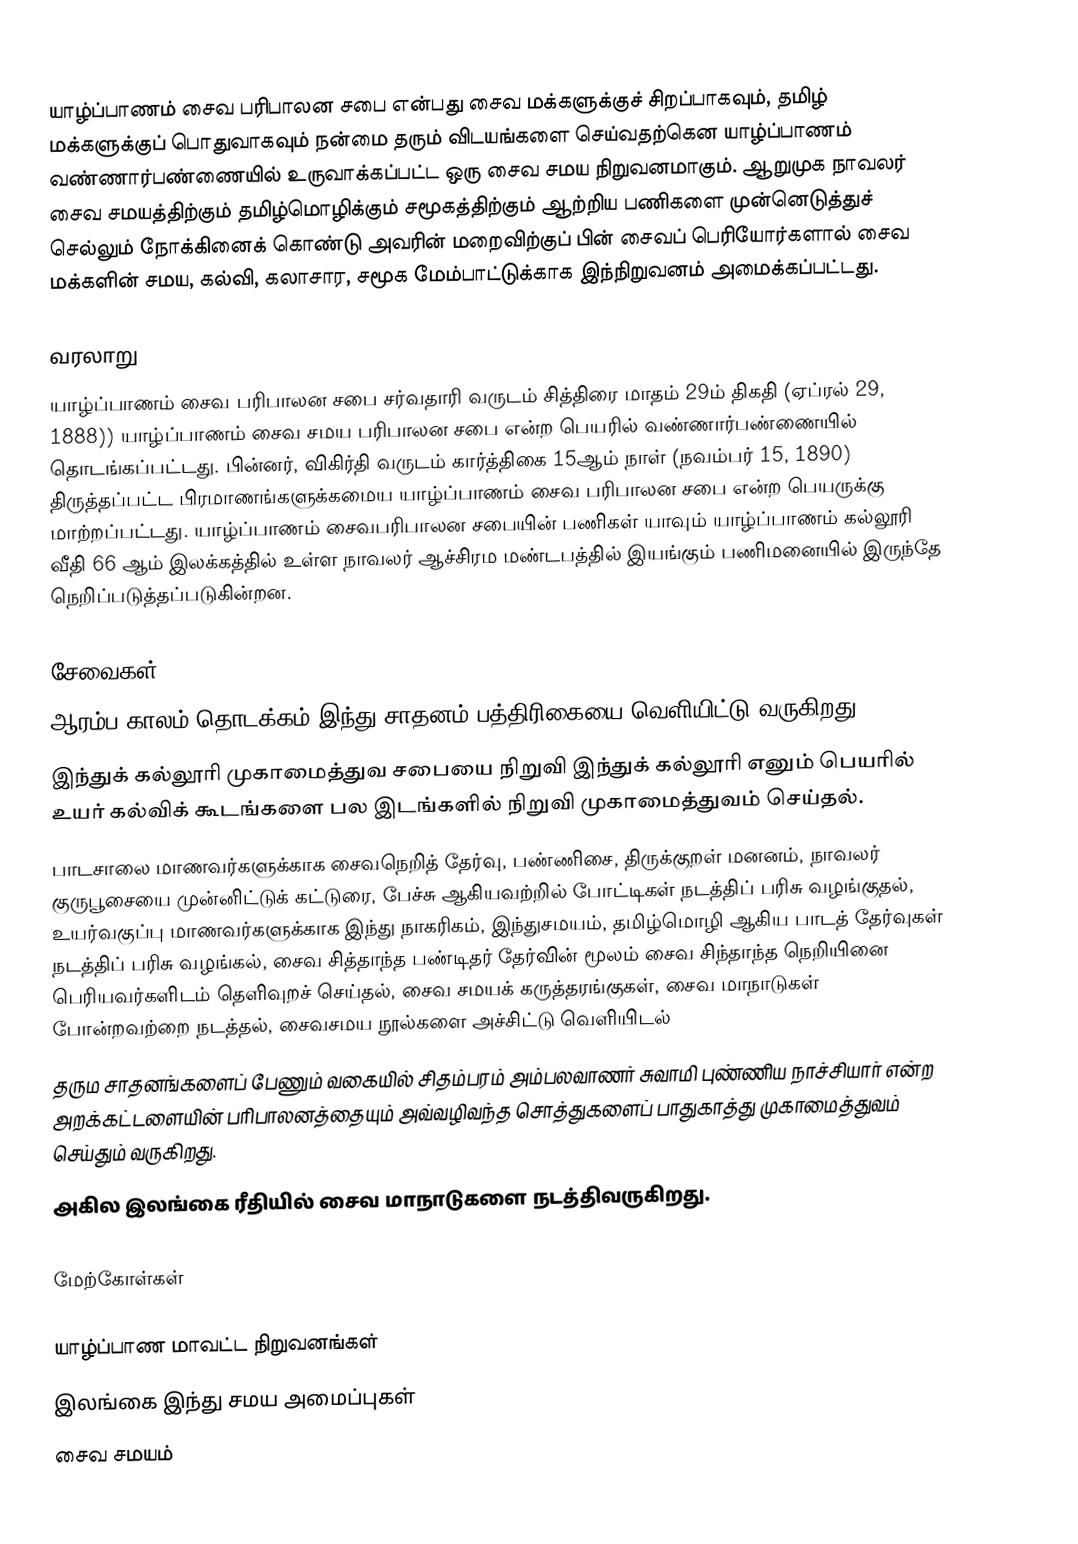
யாழ்ப்பாணம் சைவ பரிபாலன சபை என்பது சைவ மக்களுக்குச் சிறப்பாகவும், தமிழ் மக்களுக்குப் பொதுவாகவும் நன்மை தரும் விடயங்களை செய்வதற்கென யாழ்ப்பாணம் வண்ணார்பண்ணையில் உருவாக்கப்பட்ட ஒரு சைவ சமய நிறுவனமாகும். ஆறுமுக நாவலர் சைவ சமயத்திற்கும் தமிழ்மொழிக்கும் சமூகத்திற்கும் ஆற்றிய பணிகளை முன்னெடுத்துச் செல்லும் நோக்கினைக் கொண்டு அவரின் மறைவிற்குப் பின் சைவப் பெரியோர்களால் சைவ மக்களின் சமய, கல்வி, கலாசார, சமூக மேம்பாட்டுக்காக இந்நிறுவனம் அமைக்கப்பட்டது.

வரலாறு
யாழ்ப்பாணம் சைவ பரிபாலன சபை சர்வதாரி வருடம் சித்திரை மாதம் 29ம் திகதி (ஏப்ரல் 29, 1888)) யாழ்ப்பாணம் சைவ சமய பரிபாலன சபை என்ற பெயரில் வண்ணார்பண்ணையில் தொடங்கப்பட்டது. பின்னர், விகிர்தி வருடம் கார்த்திகை 15ஆம் நாள் (நவம்பர் 15, 1890) திருத்தப்பட்ட பிரமாணங்களுக்கமைய யாழ்ப்பாணம் சைவ பரிபாலன சபை என்ற பெயருக்கு மாற்றப்பட்டது. யாழ்ப்பாணம் சைவபரிபாலன சபையின் பணிகள் யாவும் யாழ்ப்பாணம் கல்லூரி வீதி 66 ஆம் இலக்கத்தில் உள்ள நாவலர் ஆச்சிரம மண்டபத்தில் இயங்கும் பணிமனையில் இருந்தே நெறிப்படுத்தப்படுகின்றன.

சேவைகள்
ஆரம்ப காலம் தொடக்கம் இந்து சாதனம் பத்திரிகையை வெளியிட்டு வருகிறது.
இந்துக் கல்லூரி முகாமைத்துவ சபையை நிறுவி இந்துக் கல்லூரி எனும் பெயரில் உயர் கல்விக் கூடங்களை பல இடங்களில் நிறுவி முகாமைத்துவம் செய்தல்.
பாடசாலை மாணவர்களுக்காக சைவநெறித் தேர்வு, பண்ணிசை, திருக்குறள் மனனம், நாவலர் குருபூசையை முன்னிட்டுக் கட்டுரை, பேச்சு ஆகியவற்றில் போட்டிகள் நடத்திப் பரிசு வழங்குதல், உயர்வகுப்பு மாணவர்களுக்காக  இந்து நாகரிகம், இந்துசமயம், தமிழ்மொழி ஆகிய பாடத் தேர்வுகள் நடத்திப் பரிசு வழங்கல், சைவ சித்தாந்த பண்டிதர் தேர்வின் மூலம் சைவ சிந்தாந்த நெறியினை பெரியவர்களிடம் தெளிவுறச் செய்தல், சைவ சமயக் கருத்தரங்குகள், சைவ மாநாடுகள் போன்றவற்றை நடத்தல், சைவசமய நூல்களை அச்சிட்டு வெளியிடல்
தரும சாதனங்களைப் பேணும் வகையில் சிதம்பரம் அம்பலவாணர் சுவாமி புண்ணிய நாச்சியார் என்ற அறக்கட்டளையின் பரிபாலனத்தையும் அவ்வழிவந்த சொத்துகளைப் பாதுகாத்து முகாமைத்துவம் செய்தும் வருகிறது.
அகில இலங்கை ரீதியில் சைவ மாநாடுகளை நடத்திவருகிறது.

மேற்கோள்கள்

யாழ்ப்பாண மாவட்ட நிறுவனங்கள்
இலங்கை இந்து சமய அமைப்புகள்
சைவ சமயம்